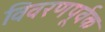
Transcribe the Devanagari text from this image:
विवरणपूर्वक